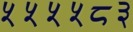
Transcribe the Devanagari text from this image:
५५५५८३